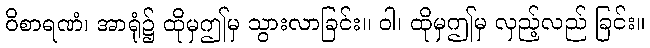
ဝိစာရဏံ၊ အာရုံ၌ ထိုမှဤမှ သွားလာခြင်း။ ဝါ၊ ထိုမှဤမှ လှည့်လည် ခြင်း။